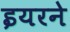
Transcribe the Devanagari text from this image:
इयरने